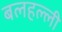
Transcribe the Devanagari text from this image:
बलहल्ली